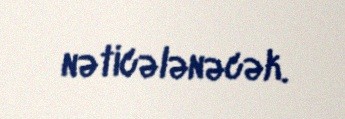
nəticələnəcək.